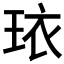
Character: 𬍠